Language: tamil
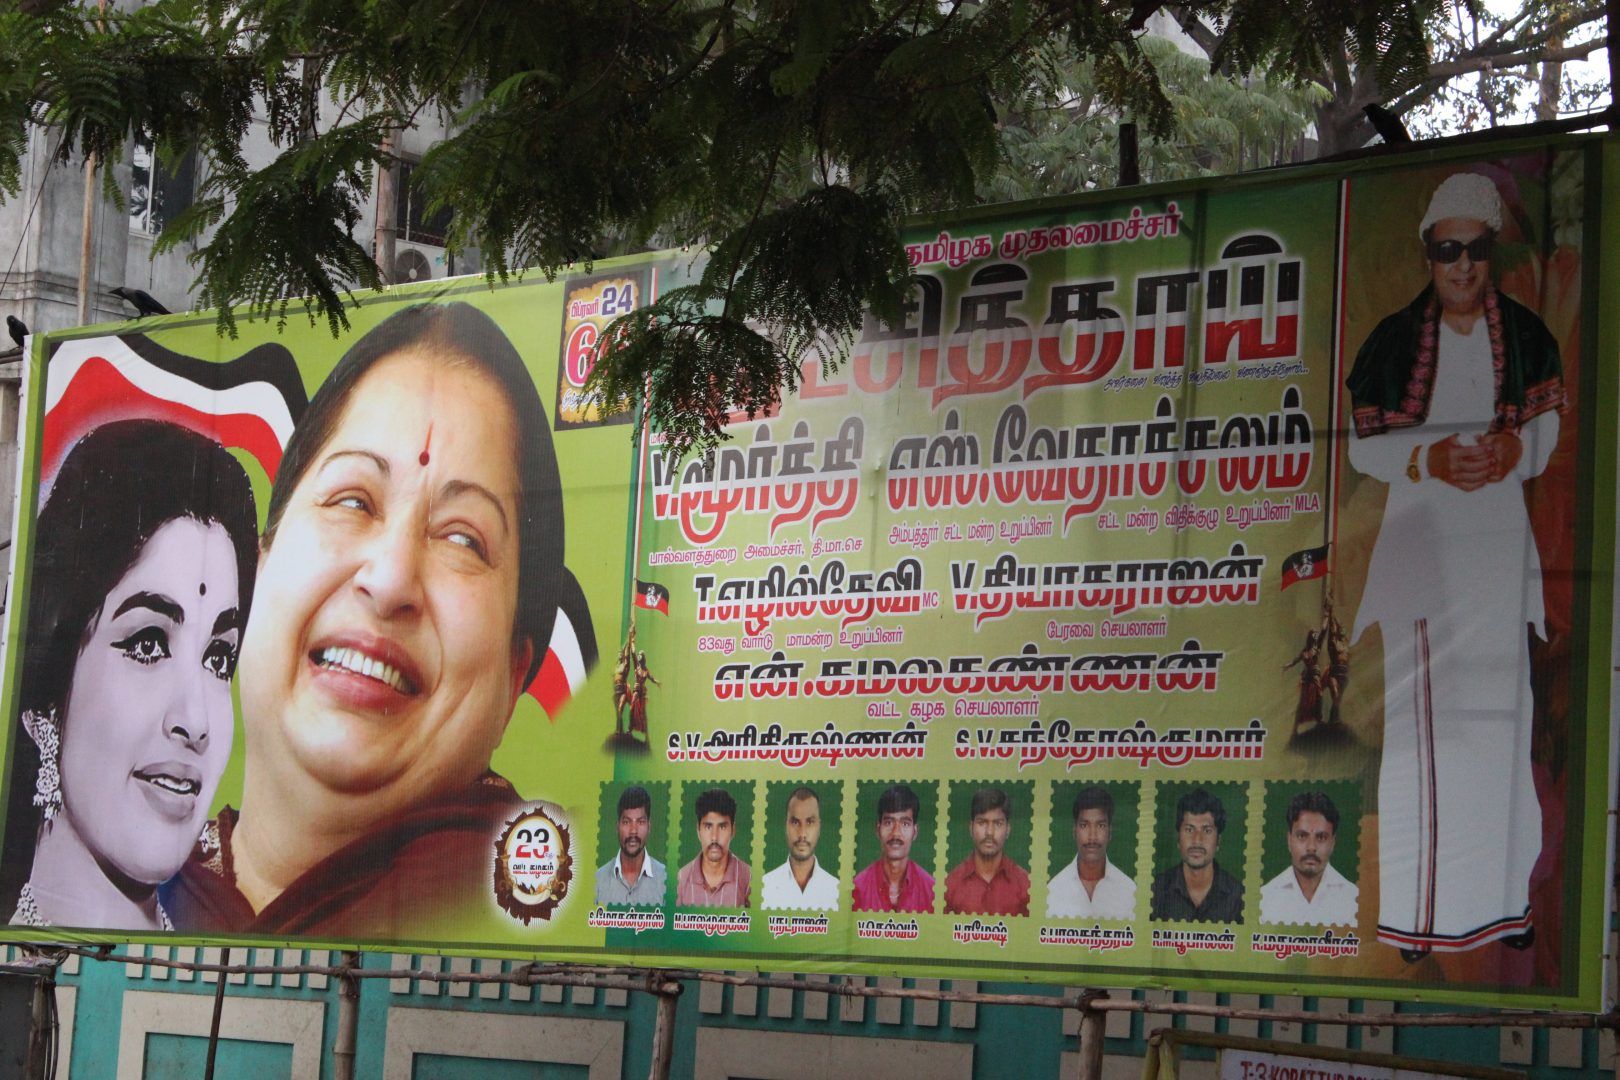
Transcription: கடி வது கம் மிழக அம்பத்தூர் சட்ட மன்ற பால்வளத்துறை அமைச்சர் மன்ற செயலாளா் வார்டு மாமன்ற உறுப்பினா் வட்ட கழக செயலாளர் அரிகிருஷ்ணன் சந்தோஷ்குமாா் வேதாச்சலம் எஸ் சட்ட மூா்த்தி உறுப்பினா் உறுப்பினா் என் முதலமைச்சர் பேரவை